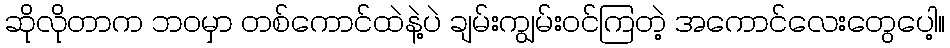
ဆိုလိုတာက ဘဝမှာ တစ်ကောင်ထဲနဲ့ပဲ ချမ်းကျွမ်းဝင်ကြတဲ့ အကောင်လေးတွေပေါ့။